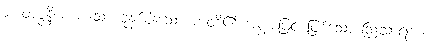
၁။ တဇ္ဇနီယ စသော ခုနစ်ပါးသော ကံတို့၏ အစွမ်းဖြင့် ဖြစ်သော ဩသာရဏကံ၊